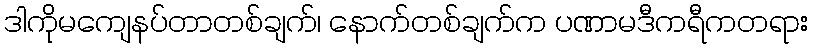
ဒါကိုမကျေနပ်တာတစ်ချက်၊ နောက်တစ်ချက်က ပဏာမဒီကရီကတရား